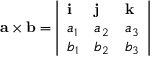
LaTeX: \mathbf { a \times b } = { \left| \begin{array} { l l l } { \mathbf { i } } & { \mathbf { j } } & { \mathbf { k } } \\ { a _ { 1 } } & { a _ { 2 } } & { a _ { 3 } } \\ { b _ { 1 } } & { b _ { 2 } } & { b _ { 3 } } \end{array} \right| }